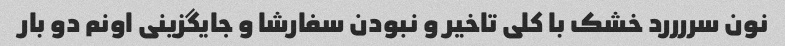
نون سررررد خشک با کلی تاخیر و نبودن سفارشا و جایگزینی اونم دو بار